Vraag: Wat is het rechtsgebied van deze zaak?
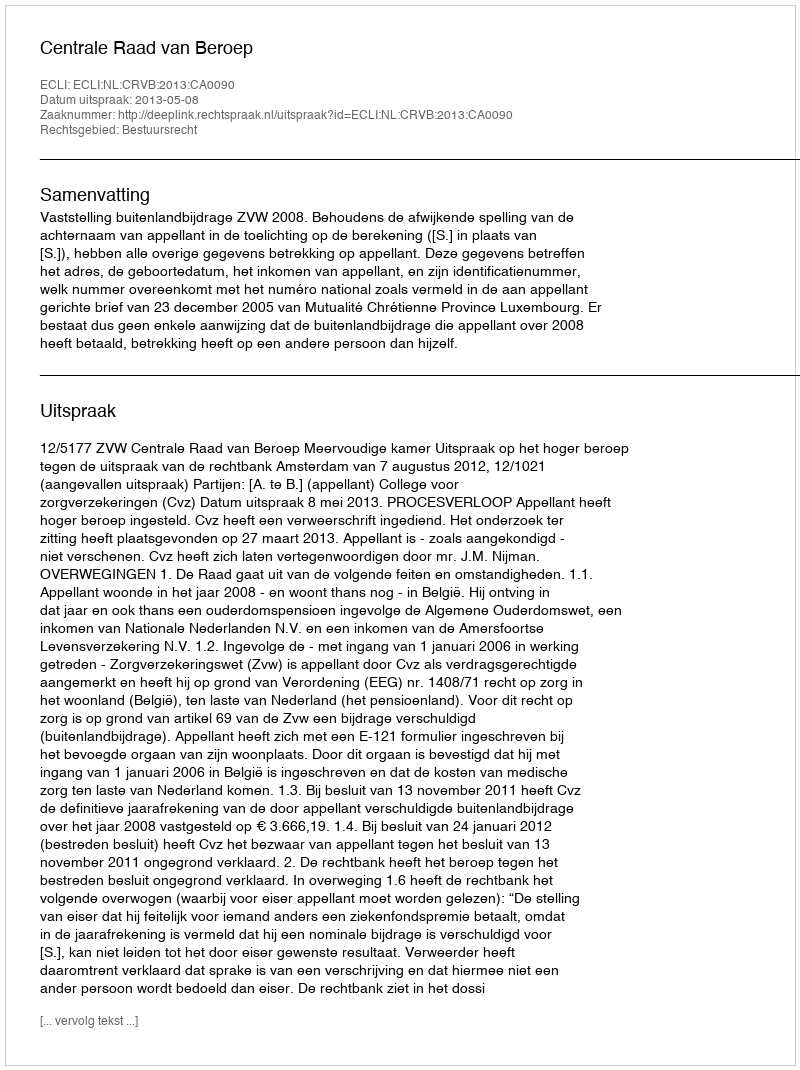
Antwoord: Bestuursrecht